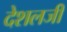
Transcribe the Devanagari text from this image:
देशलजी